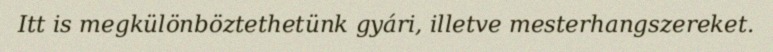
Itt is megkülönböztethetünk gyári, illetve mesterhangszereket.